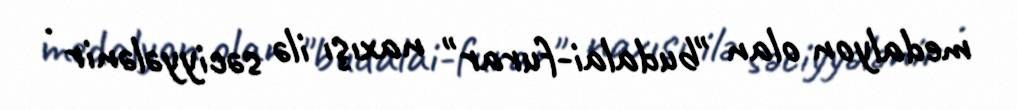
medalyon olan "budalai-furar" naxışı ilə səciyyələnir .